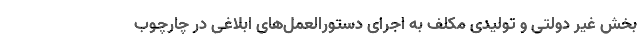
بخش غیر دولتی و تولیدی مکلف به اجرای دستورالعمل‌های ابلاغی در چارچوب